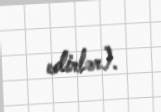
edirlər).